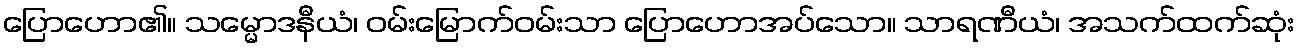
ပြောဟော၏။ သမ္မောဒနီယံ၊ ဝမ်းမြောက်ဝမ်းသာ ပြောဟောအပ်သော။ သာရဏီယံ၊ အသက်ထက်ဆုံး